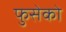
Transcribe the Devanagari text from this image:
फुसेको